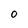
Character: O